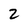
Character: 2